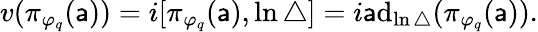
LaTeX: v(\pi_{\varphi_{q}}(\mathsf{a}))=i[\pi_{\varphi_{q}}(\mathsf{a}),\ln\bigtriangleup]=i\mathrm{{\mathsf{a}}}\mathrm{{d}}_{\ln\bigtriangleup}(\pi_{\varphi_{q}}(\mathsf{a})).